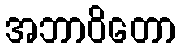
အဘာဝိတော